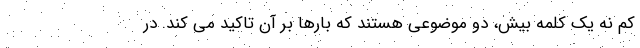
کم نه یک کلمه بیش، دو موضوعی هستند که بارها بر آن تاکید می کند. در